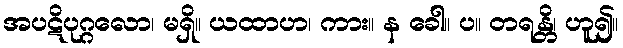
အပဋိပုဂ္ဂလော၊ မရှိ။ ယထာဟ၊ ကား။ န ခေါ။ ပ။ တရန္တိ၊ ဟူ၍။